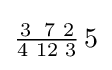
{\tfrac {3\ \,7\,\,2}{4\,\,12\,\,3}}\,5